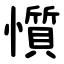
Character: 懫